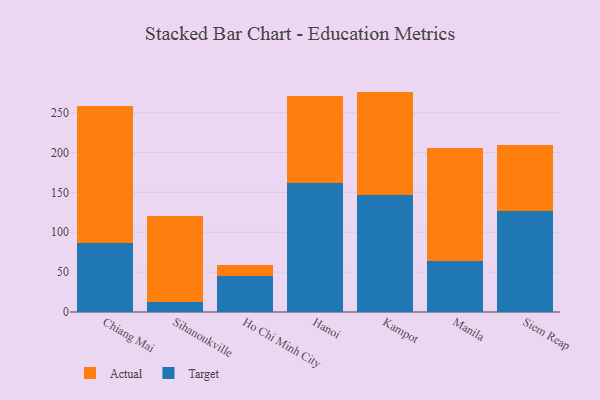
{"axis": {"x": "City", "y": "Production Output"}, "legend": ["Actual", "Target"], "data": [{"x": "Chiang Mai", "y": 86.2, "type": "Target"}, {"x": "Chiang Mai", "y": 172.0, "type": "Actual"}, {"x": "Sihanoukville", "y": 13.1, "type": "Target"}, {"x": "Sihanoukville", "y": 107.5, "type": "Actual"}, {"x": "Ho Chi Minh City", "y": 45.6, "type": "Target"}, {"x": "Ho Chi Minh City", "y": 13.4, "type": "Actual"}, {"x": "Hanoi", "y": 162.0, "type": "Target"}, {"x": "Hanoi", "y": 109.5, "type": "Actual"}, {"x": "Kampot", "y": 146.5, "type": "Target"}, {"x": "Kampot", "y": 130.0, "type": "Actual"}, {"x": "Manila", "y": 63.5, "type": "Target"}, {"x": "Manila", "y": 141.9, "type": "Actual"}, {"x": "Siem Reap", "y": 126.1, "type": "Target"}, {"x": "Siem Reap", "y": 83.2, "type": "Actual"}]}